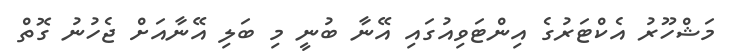
މަޝްހޫރު އެކްޓަރުގެ އިންޓަވިއުގައި އޭނާ ބުނީ މި ބަލި އޭނާއަށް ޖެހުނު ގޮތް